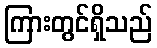
ကြားတွင်ရှိသည်